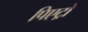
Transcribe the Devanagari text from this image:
पिएट्रो